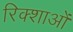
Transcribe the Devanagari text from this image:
रिक्शाओं